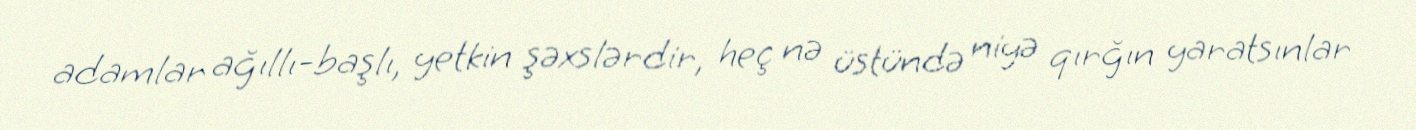
adamlar ağıllı-başlı, yetkin şəxslərdir, heç nə üstündə niyə qırğın yaratsınlar